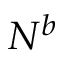
N ^ { b }